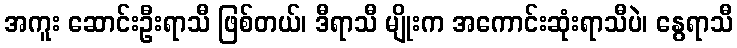
အကူး ဆောင်းဦးရာသီ ဖြစ်တယ်၊ ဒီရာသီ မျိုးက အကောင်းဆုံးရာသီပဲ၊ နွေရာသီ